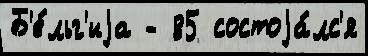
Б'е́льг'иjа - 85 состоjа́лс'я